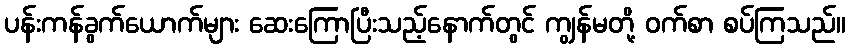
ပန်းကန်ခွက်ယောက်များ ဆေးကြောပြီးသည့်နောက်တွင် ကျွန်မတို့ ဝက်စာ စပ်ကြသည်။